Lunatic asylums Bombay report 1891-1903 - 1891-1903
Year: 1891
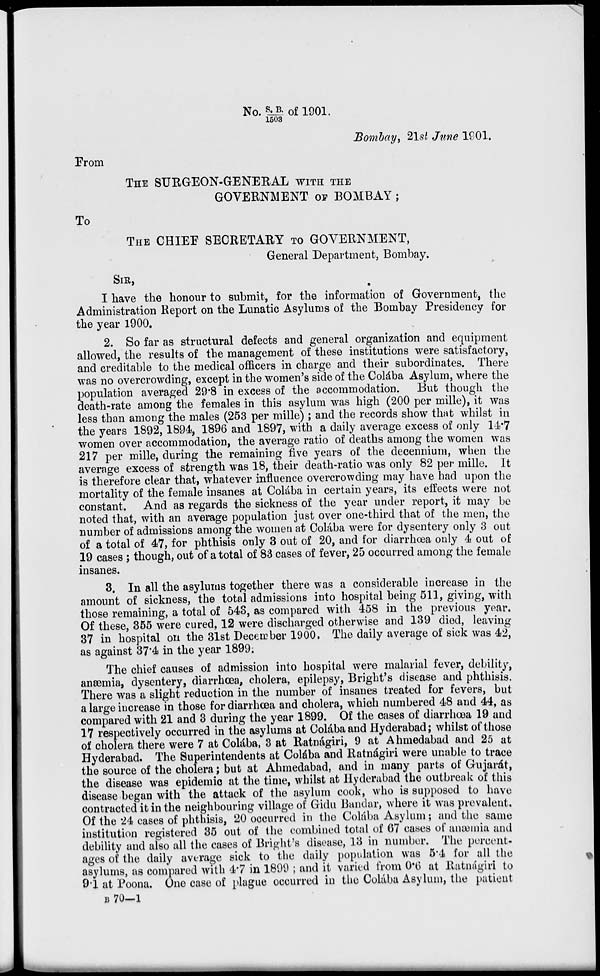
No. S.B. / 1503 of 1901.
Bombay, 21st June 1901.
From
THE SURGEON-GENERAL WITH THE
GOVERNMENT OF BOMBAY ;
To
THE CHIEF SECRETARY TO GOVERNMENT,
General Department, Bombay.
SIR,
I have the honour to submit, for the information of Government, the
Administration Report on the Lunatic Asylums of the Bombay Presidency for
the year 1900.
2. So far as structural defects and general organization and equipment
allowed, the results of the management of these institutions were satisfactory,
and creditable to the medical officers in charge and their subordinates. There
was no overcrowding, except in the women's side of the Colába Asylum, where the
population averaged 29.8 in excess of the accommodation. But though the
death-rate among the females in this asylum was high (200 per mille), it was
less than among the males (253 per mille) ; and the records show that whilst in
the years 1892,1894, 1896 and 1897, with a daily average excess of only 14.7
women over accommodation, the average ratio of deaths among the women was
217 per mille, during the remaining five years of the decennium, when the
average excess of strength was 18, their death-ratio was only 82 per mille. It
is therefore clear that, whatever influence overcrowding may have had upon the
mortality of the female insanes at Colába in certain years, its effects were not
constant. And as regards the sickness of the year under report, it may be
noted that, with an average population just over one-third that of the men, the
number of admissions among the women at Colába were for dysentery only 3 out
of a total of 47, for phthisis only 3 out of 20, and for diarrhœa only 4 out of
19 cases ; though, out of a total of 83 cases of fever, 25 occurred among the female
insanes.
3. In all the asylums together there was a considerable increase in the
amount of sickness, the total admissions into hospital being 511, giving, with
those remaining, a total of 543, as compared with 458 in the previous year.
Of these, 355 were cured, 12 were discharged otherwise and 139 died, leaving
37 in hospital on the 31st December 1900. The daily average of sick was 42,
as against 37.4 in the year 1899;
The chief causes of admission into hospital were malarial fever, debility,
anæmia, dysentery, diarrhœa, cholera, epilepsy, Bright's disease and phthisis.
There was a slight reduction in the number of insanes treated for fevers, but
a large increase in those for diarrhœa and cholera, which numbered 48 and 44, as
compared with 21 and 3 during the year 1899. Of the cases of diarrhœa 19 and
17 respectively occurred in the asylums at Colába and Hyderabad; whilst of those
of cholera there were 7 at Colába, 3 at Ratnágiri, 9 at Ahmedabad and 25 at
Hyderabad. The Superintendents at Colába and Ratnágiri were unable to trace
the source of the cholera; but at Ahmedabad, and in many parts of Gujarát,
the disease was epidemic at the time, whilst at Hyderabad the outbreak of this
disease began with the attack of the asylum cook, who is supposed to have
contracted it in the neighbouring village of Gidu Bandar, where it was prevalent.
Of the 24 cases of phthisis, 20 occurred in the Colába Asylum; and the same
institution registered 35 out of the combined total of 67 cases of anæmia and
debility and also all the cases of Bright's disease, 13 in number. The percent-
ages of the daily average sick to the daily population was 5.4 for all the
asylums, as compared with 4.7 in 1899 ; and it varied from 0.6 at Ratnágiri to
9.1 at Poona. One case of plague occurred in the Colába Asylum, the patient
B 70—1